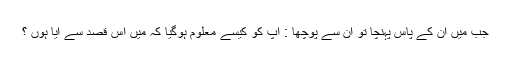
جب میں ان کے پاس پہنچا تو ان سے پوچھا : آپ کو کیسے معلوم ہوگیا کہ میں اس قصد سے آیا ہوں ؟